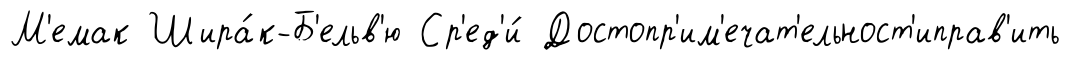
М'емак Шира́к-Б'ельв'ю Ср'ед'и́ Достопр'им'ечат'ельност'иправ'ить